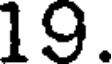
19.